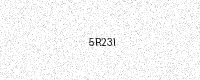
Text: 5R23I